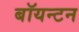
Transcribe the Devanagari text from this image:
बॉयन्टन